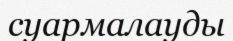
суармалауды